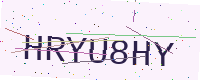
Text: HRYU8HY